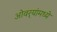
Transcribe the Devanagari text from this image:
ओवर्‍यांमध्ये